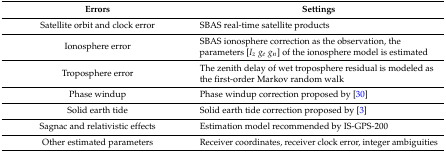
<table><thead><tr><td><b>Errors</b></td><td><b>Settings</b></td></tr></thead><tbody><tr><td>Satellite orbit and clock error</td><td>SBAS real-time satellite products</td></tr><tr><td>Ionosphere error</td><td>SBAS ionosphere correction as the observation, the parameters [<i>I<sub>z</sub></i><i>g<sub>e</sub></i><i>g<sub>n</sub></i>] of the ionosphere model is estimated</td></tr><tr><td>Troposphere error</td><td>The zenith delay of wet troposphere residual is modeled as the first-order Markov random walk</td></tr><tr><td>Phase windup</td><td>Phase windup correction proposed by [30]</td></tr><tr><td>Solid earth tide</td><td>Solid earth tide correction proposed by [3]</td></tr><tr><td>Sagnac and relativistic effects</td><td>Estimation model recommended by IS-GPS-200</td></tr><tr><td>Other estimated parameters</td><td>Receiver coordinates, receiver clock error, integer ambiguities</td></tr></tbody></table>